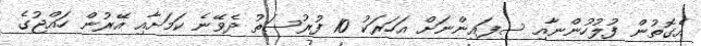
އެގޮތުން ފުލުހުންނާއި ސިފައިންނަށް އަހަރަކު 10 ފުރުސަތު ދެވޭނެ ކަމަށާއި އޭރުން ހައްޖުގެ